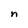
Character: n